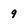
Character: 9